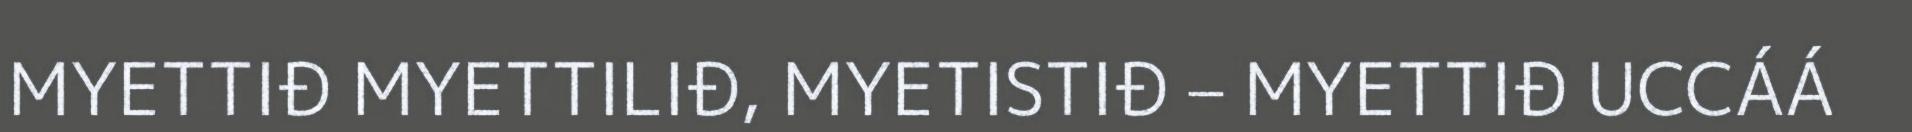
MYETTIĐ MYETTILIĐ, MYETISTIĐ – MYETTIĐ UCCÁÁ